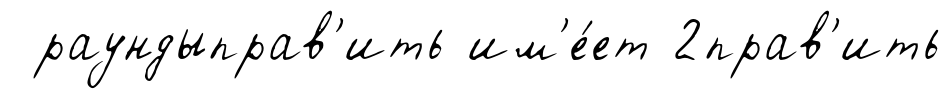
раундыправ'ить им'е́ет 2прав'ить